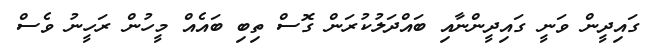
ގައިދީން ވަނީ ގައިދީންނާއި ބައްދަލުކުރަން ގޮސް ތިބި ބައެއް މީހުން ރަހީނު ވެސް